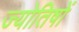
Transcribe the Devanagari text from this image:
ज्योतिषों